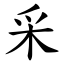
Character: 采